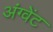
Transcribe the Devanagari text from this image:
अंग्वेंट